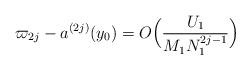
LaTeX: \begin{align*}\varpi_{2j} - a^{(2j)}(y_0) = O \Big( \frac{U_1}{M_1 N_1^{2j-1}}\Big)\end{align*}